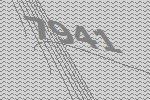
7941